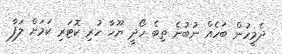
ދެމީހުން ބަހެއް ނުބުނެ ތިބެ ހޯދީ ޔޫހާ ހުރި ކޮޓަރި ކަމަށް ލަފާ